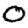
Digit: 0